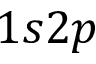
1 s 2 p